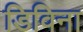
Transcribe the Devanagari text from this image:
डिविना